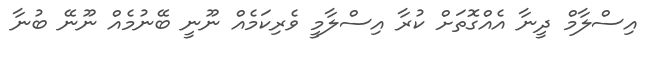
އިސްލާމް ދީނާ އެއްގޮތަށް ކުރާ އިސްލާމީ ވެރިކަމެއް ނޫނީ ބޭނުމެއް ނޫނޭ ބުނާ